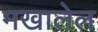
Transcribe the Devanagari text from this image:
मखालेल